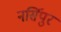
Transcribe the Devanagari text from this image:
नर्सिपुर